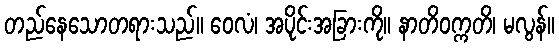
တည်နေသောတရားသည်။ ဝေလံ၊ အပိုင်းအခြားကို။ နာတိဝက္ကတိ၊ မလွန်။